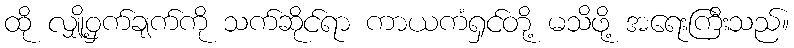
ထို လျှို့ဝှက်ချက်ကို သက်ဆိုင်ရာ ကာယကံရှင်တို့ မသိဖို့ အရေးကြီးသည်။